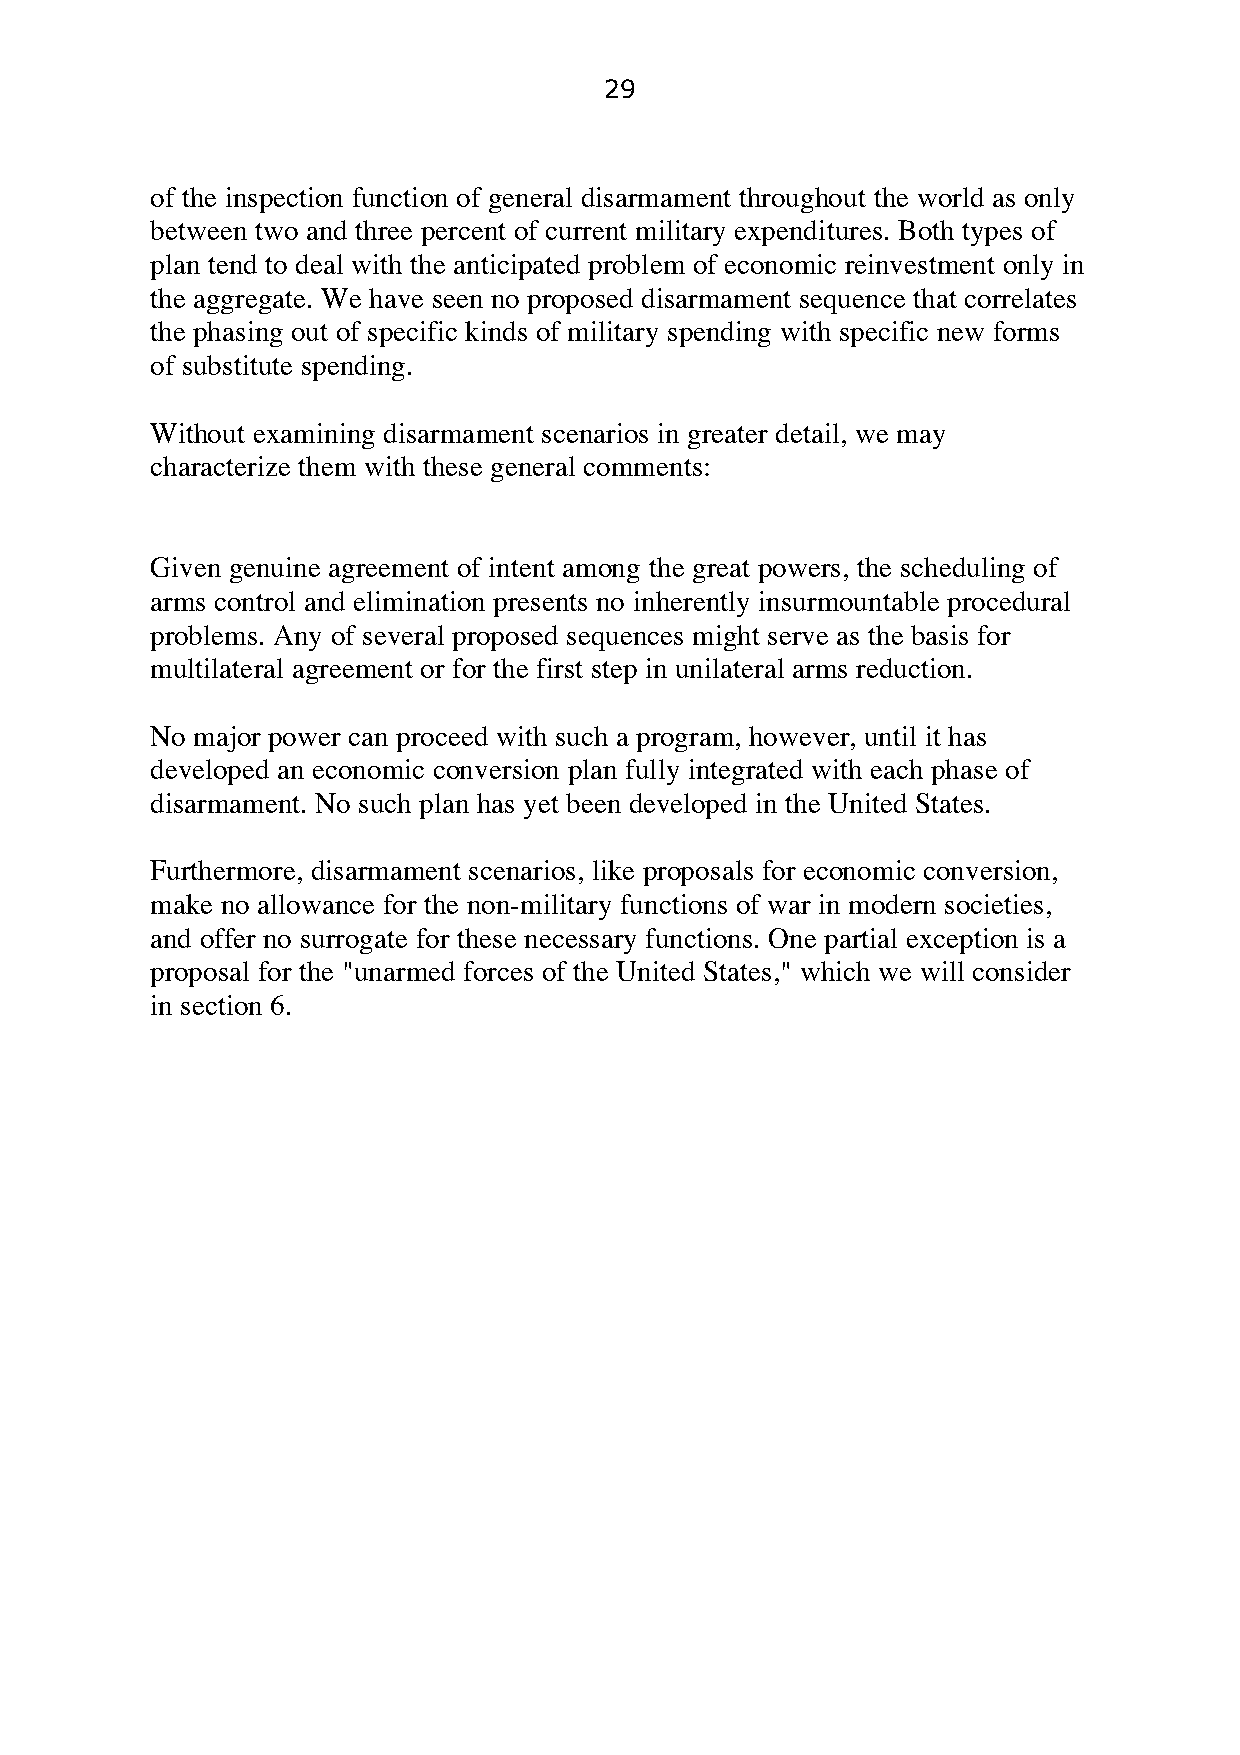
29
 of the inspection function of general disarmament throughout the world as only
 between two and three percent of current military expenditures. Both types of
 plan tend to deal with the anticipated problem of economic reinvestment only in
 the aggregate. We have seen no proposed disarmament sequence that correlates
 the phasing out of specific kinds of military spending with specific new forms
 of substitute spending.
 Without examining disarmament scenarios in greater detail, we may
 characterize them with these general comments:
 Given genuine agreement of intent among the great powers, the scheduling of
 arms control and elimination presents no inherently insurmountable procedural
 problems. Any of several proposed sequences might serve as the basis for
 multilateral agreement or for the first step in unilateral arms reduction.
 No major power can proceed with such a program, however, until it has
 developed an economic conversion plan fully integrated with each phase of
 disarmament. No such plan has yet been developed in the United States.
 Furthermore, disarmament scenarios, like proposals for economic conversion,
 make no allowance for the non-military functions of war in modern societies,
 and offer no surrogate for these necessary functions. One partial exception is a
 proposal for the "unarmed forces of the United States," which we will consider
 in section 6.